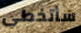
سأتخطى